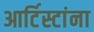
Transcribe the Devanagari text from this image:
आर्टिस्टांना